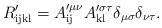
LaTeX: \begin{align*}R'_{\mathrm{ijkl}} = A'^{\mu\nu}_{\mathrm{ij}} A'^{\sigma\tau}_{\mathrm{kl}} \delta_{\mu\sigma} \delta_{\nu\tau}.\end{align*}